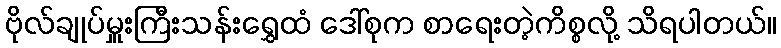
ဗိုလ်ချုပ်မှူးကြီးသန်းရွှေထံ ဒေါ်စုက စာရေးတဲ့ကိစ္စလို့ သိရပါတယ်။